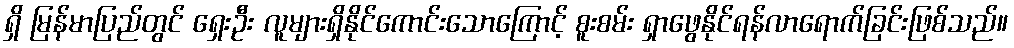
ရှိ မြန်မာပြည်တွင် ရှေးဦး လူများရှိနိုင်ကောင်းသောကြောင့် စူးစမ်း ရှာဖွေနိုင်ရန်လာရောက်ခြင်းဖြစ်သည်။